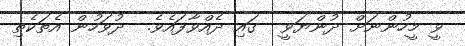
ވީ މީހުންނަށް ދުންޔަވީ  ގައި ދެއްވާފައެވެ.  ދުވަހުން އެތަކެތި